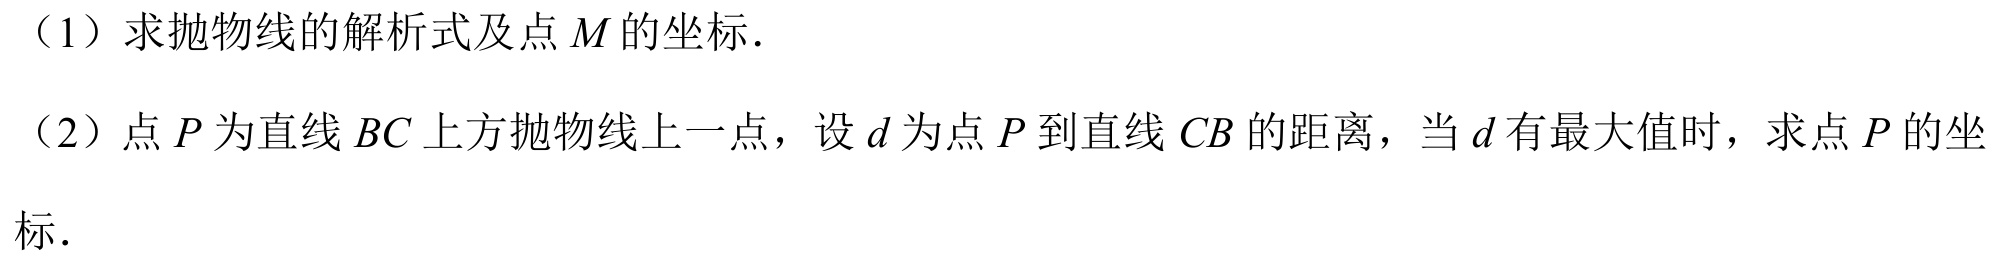
（1）求抛物线的解析式及点\(M\)的坐标.
（2）点\(P\)为直线\(BC\)上方抛物线上一点，设\(d\)为点\(P\)到直线\(CB\)的距离，当\(d\)有最大值时，求点\(P\)的坐
标.